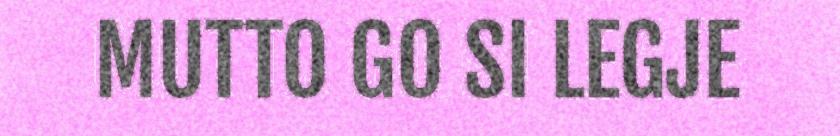
MUTTO GO SI LEGJE